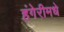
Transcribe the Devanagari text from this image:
हंगेरीमधे